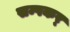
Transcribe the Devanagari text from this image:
सम्पकर्